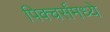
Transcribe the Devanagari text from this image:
पिक्चर्संमध्ये